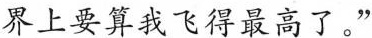
界上要算我飞得最高了。”